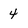
Character: 4